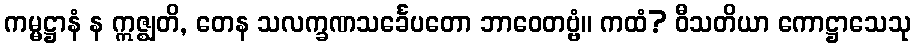
ကမ္မဋ္ဌာနံ န ဣဇ္ဈတိ, တေန သလက္ခဏသင်္ခေပတော ဘာဝေတဗ္ဗံ။ ကထံ? ဝီသတိယာ ကောဋ္ဌာသေသု